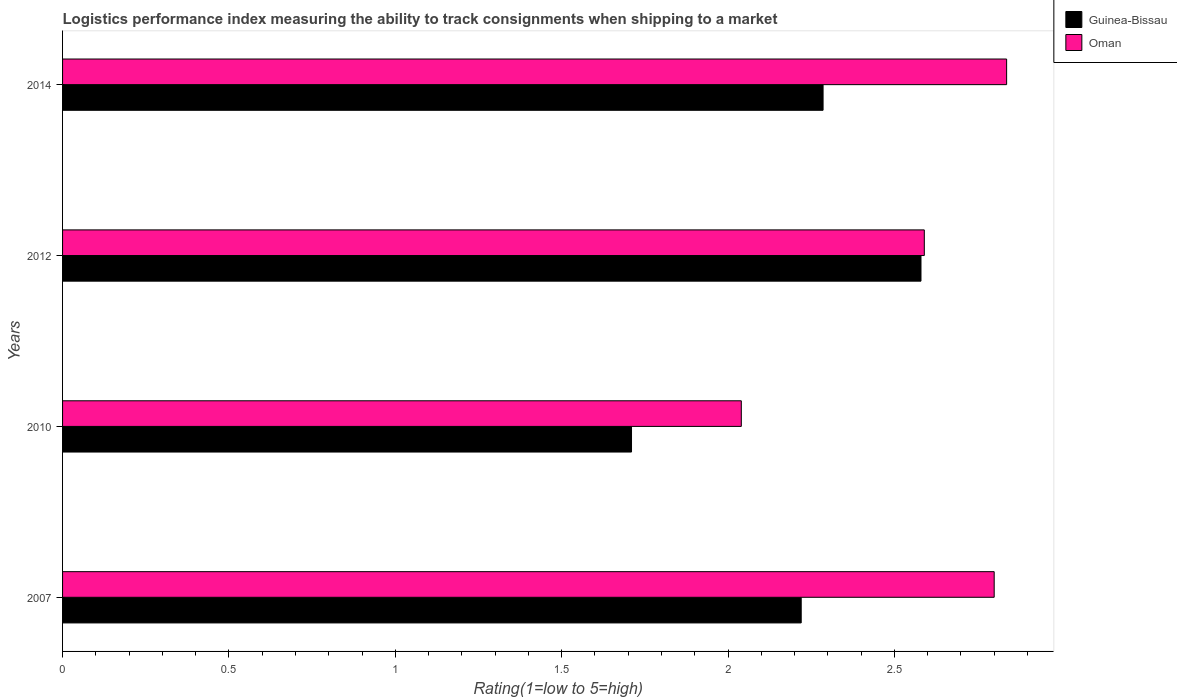
| Years | Guinea-Bissau | Oman |
 | --- | --- | --- |
 | 2007 | 2.22 | 2.8 |
 | 2010 | 1.71 | 2.04 |
 | 2012 | 2.58 | 2.59 |
 | 2014 | 2.29 | 2.84 |